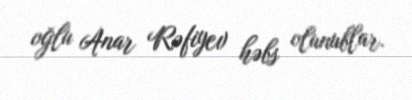
oğlu Anar Rəfiyev həbs olunublar.